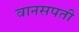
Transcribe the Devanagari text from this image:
वानसपती